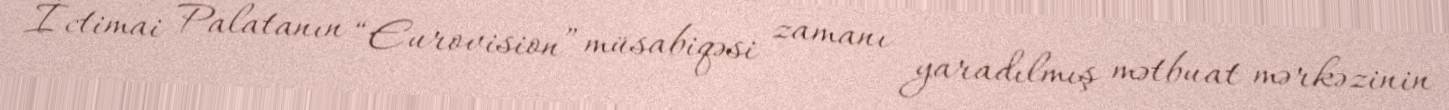
İctimai Palatanın “Eurovision” müsabiqəsi zamanı yaradılmış mətbuat mərkəzinin